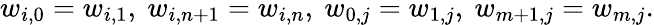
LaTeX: w_{i,0}=w_{i,1},\ w_{i,n+1}=w_{i,n},\ w_{0,j}=w_{1,j},\ w_{m+1,j}=w_{m,j}.